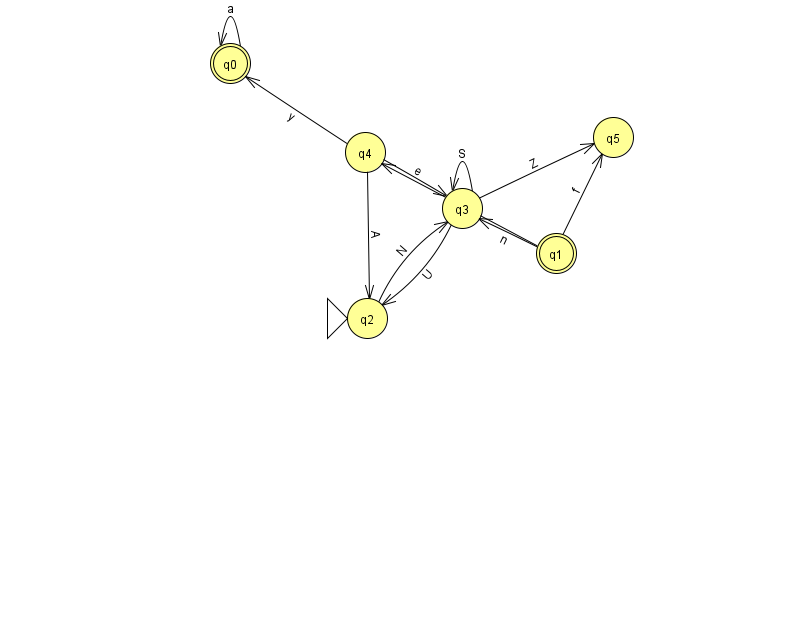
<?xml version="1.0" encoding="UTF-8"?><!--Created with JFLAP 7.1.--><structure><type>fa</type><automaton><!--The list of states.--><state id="0" name="q0"><x>230.0</x><y>50.0</y><final/></state><state id="1" name="q1"><x>556.0</x><y>240.0</y><final/></state><state id="2" name="q2"><x>367.0</x><y>305.0</y><initial/></state><state id="3" name="q3"><x>462.0</x><y>195.0</y></state><state id="4" name="q4"><x>365.0</x><y>139.0</y></state><state id="5" name="q5"><x>613.0</x><y>124.0</y></state><!--The list of transitions.--><transition><from>0</from><to>0</to><read>a</read></transition><transition><from>3</from><to>3</to><read>S</read></transition><transition><from>4</from><to>2</to><read>A</read></transition><transition><from>1</from><to>3</to><read>n</read></transition><transition><from>3</from><to>2</to><read>U</read></transition><transition><from>4</from><to>3</to><read>e</read></transition><transition><from>1</from><to>5</to><read>f</read></transition><transition><from>1</from><to>4</to><read>W</read></transition><transition><from>2</from><to>3</to><read>N</read></transition><transition><from>4</from><to>0</to><read>y</read></transition><transition><from>3</from><to>5</to><read>Z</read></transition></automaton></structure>